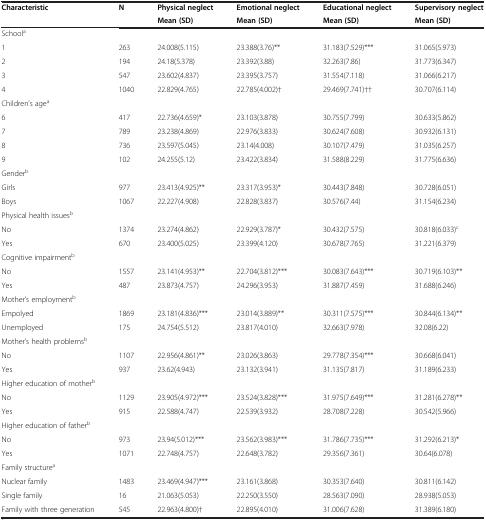
<table><thead><tr><td><b>Characteristic</b></td><td><b>N</b></td><td><b>Physical neglect</b></td><td><b>Emotional neglect</b></td><td><b>Educational neglect</b></td><td><b>Supervisory neglect</b></td></tr><tr><td><b> </b></td><td><b> </b></td><td><b>Mean (SD)</b></td><td><b>Mean (SD)</b></td><td><b>Mean (SD)</b></td><td><b>Mean (SD)</b></td></tr></thead><tbody><tr><td>School<sup>a</sup></td><td> </td><td> </td><td> </td><td> </td><td> </td></tr><tr><td>1</td><td>263</td><td>24.008(5.115)</td><td>23.388(3.76)**</td><td>31.183(7.529)***</td><td>31.065(5.973)</td></tr><tr><td>2</td><td>194</td><td>24.18(5.378)</td><td>23.392(3.88)</td><td>32.263(7.86)</td><td>31.773(6.347)</td></tr><tr><td>3</td><td>547</td><td>23.602(4.837)</td><td>23.395(3.757)</td><td>31.554(7.118)</td><td>31.066(6.217)</td></tr><tr><td>4</td><td>1040</td><td>22.829(4.765)</td><td>22.785(4.002)†</td><td>29.469(7.741)††</td><td>30.707(6.114)</td></tr><tr><td>Children’s age<sup>a</sup></td><td> </td><td> </td><td> </td><td> </td><td> </td></tr><tr><td>6</td><td>417</td><td>22.736(4.659)*</td><td>23.103(3.878)</td><td>30.755(7.799)</td><td>30.633(5.862)</td></tr><tr><td>7</td><td>789</td><td>23.238(4.869)</td><td>22.976(3.833)</td><td>30.624(7.608)</td><td>30.932(6.131)</td></tr><tr><td>8</td><td>736</td><td>23.597(5.045)</td><td>23.14(4.008)</td><td>30.107(7.479)</td><td>31.035(6.257)</td></tr><tr><td>9</td><td>102</td><td>24.255(5.12)</td><td>23.422(3.834)</td><td>31.588(8.229)</td><td>31.775(6.636)</td></tr><tr><td>Gender<sup>b</sup></td><td> </td><td> </td><td> </td><td> </td><td> </td></tr><tr><td>Girls</td><td>977</td><td>23.413(4.925)**</td><td>23.317(3.953)*</td><td>30.443(7.848)</td><td>30.728(6.051)</td></tr><tr><td>Boys</td><td>1067</td><td>22.227(4.908)</td><td>22.828(3.837)</td><td>30.576(7.44)</td><td>31.154(6.234)</td></tr><tr><td>Physical health issues<sup>b</sup></td><td> </td><td> </td><td> </td><td> </td><td> </td></tr><tr><td>No</td><td>1374</td><td>23.274(4.862)</td><td>22.929(3.787)*</td><td>30.432(7.575)</td><td>30.818(6.033)<sup>c</sup></td></tr><tr><td>Yes</td><td>670</td><td>23.400(5.025)</td><td>23.399(4.120)</td><td>30.678(7.765)</td><td>31.221(6.379)</td></tr><tr><td>Cognitive impairment<sup>b</sup></td><td> </td><td> </td><td> </td><td> </td><td> </td></tr><tr><td>No</td><td>1557</td><td>23.141(4.953)**</td><td>22.704(3.812)***</td><td>30.083(7.643)***</td><td>30.719(6.103)**</td></tr><tr><td>Yes</td><td>487</td><td>23.873(4.757)</td><td>24.296(3.953)</td><td>31.887(7.459)</td><td>31.688(6.246)</td></tr><tr><td>Mother’s employment<sup>b</sup></td><td> </td><td> </td><td> </td><td> </td><td> </td></tr><tr><td>Empolyed</td><td>1869</td><td>23.181(4.836)***</td><td>23.014(3.889)**</td><td>30.311(7.575)***</td><td>30.844(6.134)**</td></tr><tr><td>Unemployed</td><td>175</td><td>24.754(5.512)</td><td>23.817(4.010)</td><td>32.663(7.978)</td><td>32.08(6.22)</td></tr><tr><td>Mother’s health problems<sup>b</sup></td><td> </td><td> </td><td> </td><td> </td><td> </td></tr><tr><td>No</td><td>1107</td><td>22.956(4.861)**</td><td>23.026(3.863)</td><td>29.778(7.354)***</td><td>30.668(6.041)</td></tr><tr><td>Yes</td><td>937</td><td>23.62(4.943)</td><td>23.132(3.941)</td><td>31.135(7.817)</td><td>31.189(6.233)</td></tr><tr><td>Higher education of mother<sup>b</sup></td><td> </td><td> </td><td> </td><td> </td><td> </td></tr><tr><td>No</td><td>1129</td><td>23.905(4.972)***</td><td>23.524(3.828)***</td><td>31.975(7.649)***</td><td>31.281(6.278)**</td></tr><tr><td>Yes</td><td>915</td><td>22.588(4.747)</td><td>22.539(3.932)</td><td>28.708(7.228)</td><td>30.542(5.966)</td></tr><tr><td>Higher education of father<sup>b</sup></td><td> </td><td> </td><td> </td><td> </td><td> </td></tr><tr><td>No</td><td>973</td><td>23.94(5.012)***</td><td>23.562(3.983)***</td><td>31.786(7.735)***</td><td>31.292(6.213)*</td></tr><tr><td>Yes</td><td>1071</td><td>22.748(4.757)</td><td>22.648(3.782)</td><td>29.356(7.361)</td><td>30.64(6.078)</td></tr><tr><td>Family structure<sup>a</sup></td><td> </td><td> </td><td> </td><td> </td><td> </td></tr><tr><td>Nuclear family</td><td>1483</td><td>23.469(4.947)***</td><td>23.161(3.868)</td><td>30.353(7.640)</td><td>30.811(6.142)</td></tr><tr><td>Single family</td><td>16</td><td>21.063(5.053)</td><td>22.250(3.550)</td><td>28.563(7.090)</td><td>28.938(5.053)</td></tr><tr><td>Family with three generation</td><td>545</td><td>22.963(4.800)†</td><td>22.895(4.010)</td><td>31.006(7.628)</td><td>31.389(6.180)</td></tr></tbody></table>